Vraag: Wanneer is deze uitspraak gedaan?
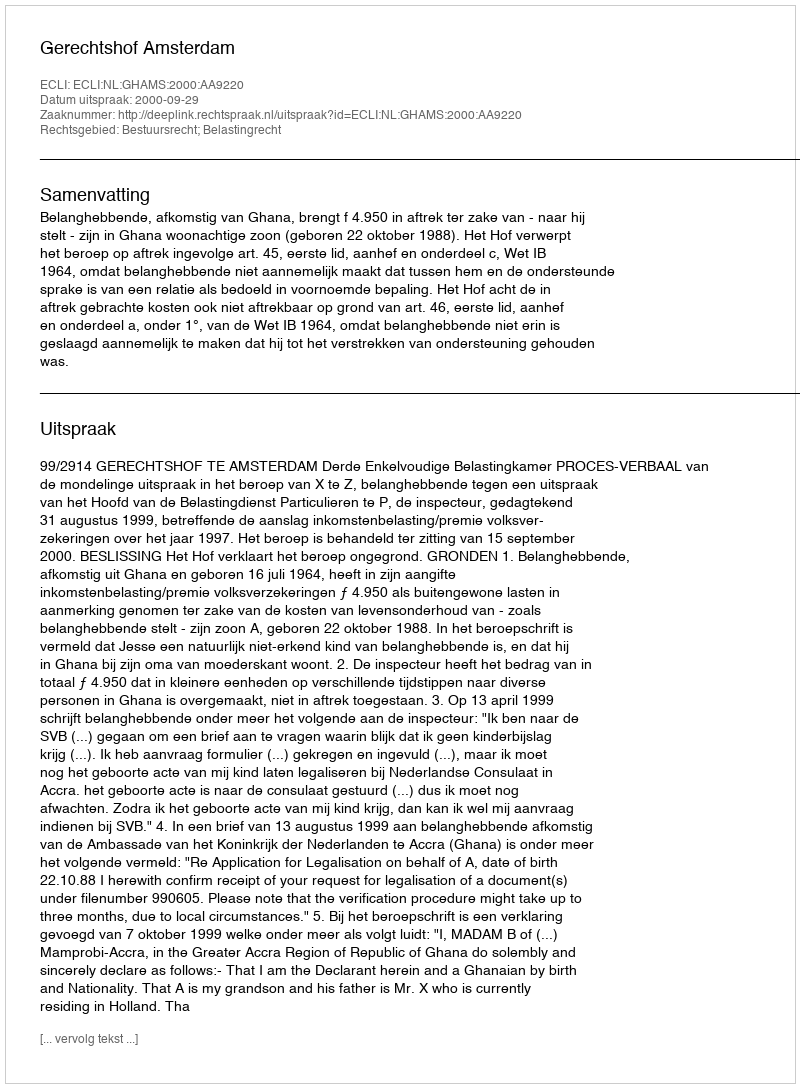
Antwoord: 2000-09-29